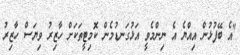
"އެ ބޭފުޅުން އިއްޔެ އެ ނިންމެވީ އަޅުގަނޑުމެން ކޮމިޓީތަކަށް ހާޒިރު ވިޔަސް ހާޒިރު